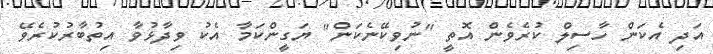
އަދި އެކަން ހާސިލް ކުރެވެން އޮތީ "ނުވިކޭނެކަން" ޔަގީންކަމާ އެކު ވިދާޅުވާ އިތުބާރުކުރެވޭ